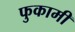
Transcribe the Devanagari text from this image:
फुकामी